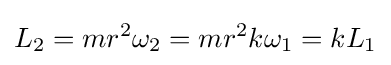
L_{2}=mr^{2}\omega _{2}=mr^{2}k\omega _{1}=kL_{1}\,\!